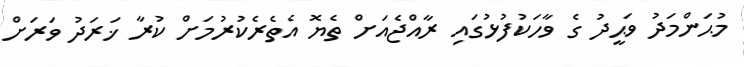
މުޙަންމަދު ވަޙީދު ގެ ވާހަކުފުޅުގައި ރާއްޖެއަށް ތެޔޮ އެތެރެކުރުމަށް ކުރާ ޚަރަދު ވަރަށް